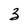
Character: 3